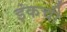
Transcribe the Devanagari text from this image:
इंकची